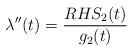
LaTeX: \begin{align*}\lambda''(t) = \frac{RHS_{2}(t)}{g_{2}(t)}\end{align*}